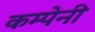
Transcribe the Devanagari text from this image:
कम्पेनी